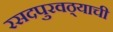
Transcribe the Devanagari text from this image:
रसदपुरवठ्याची